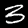
Label: 3